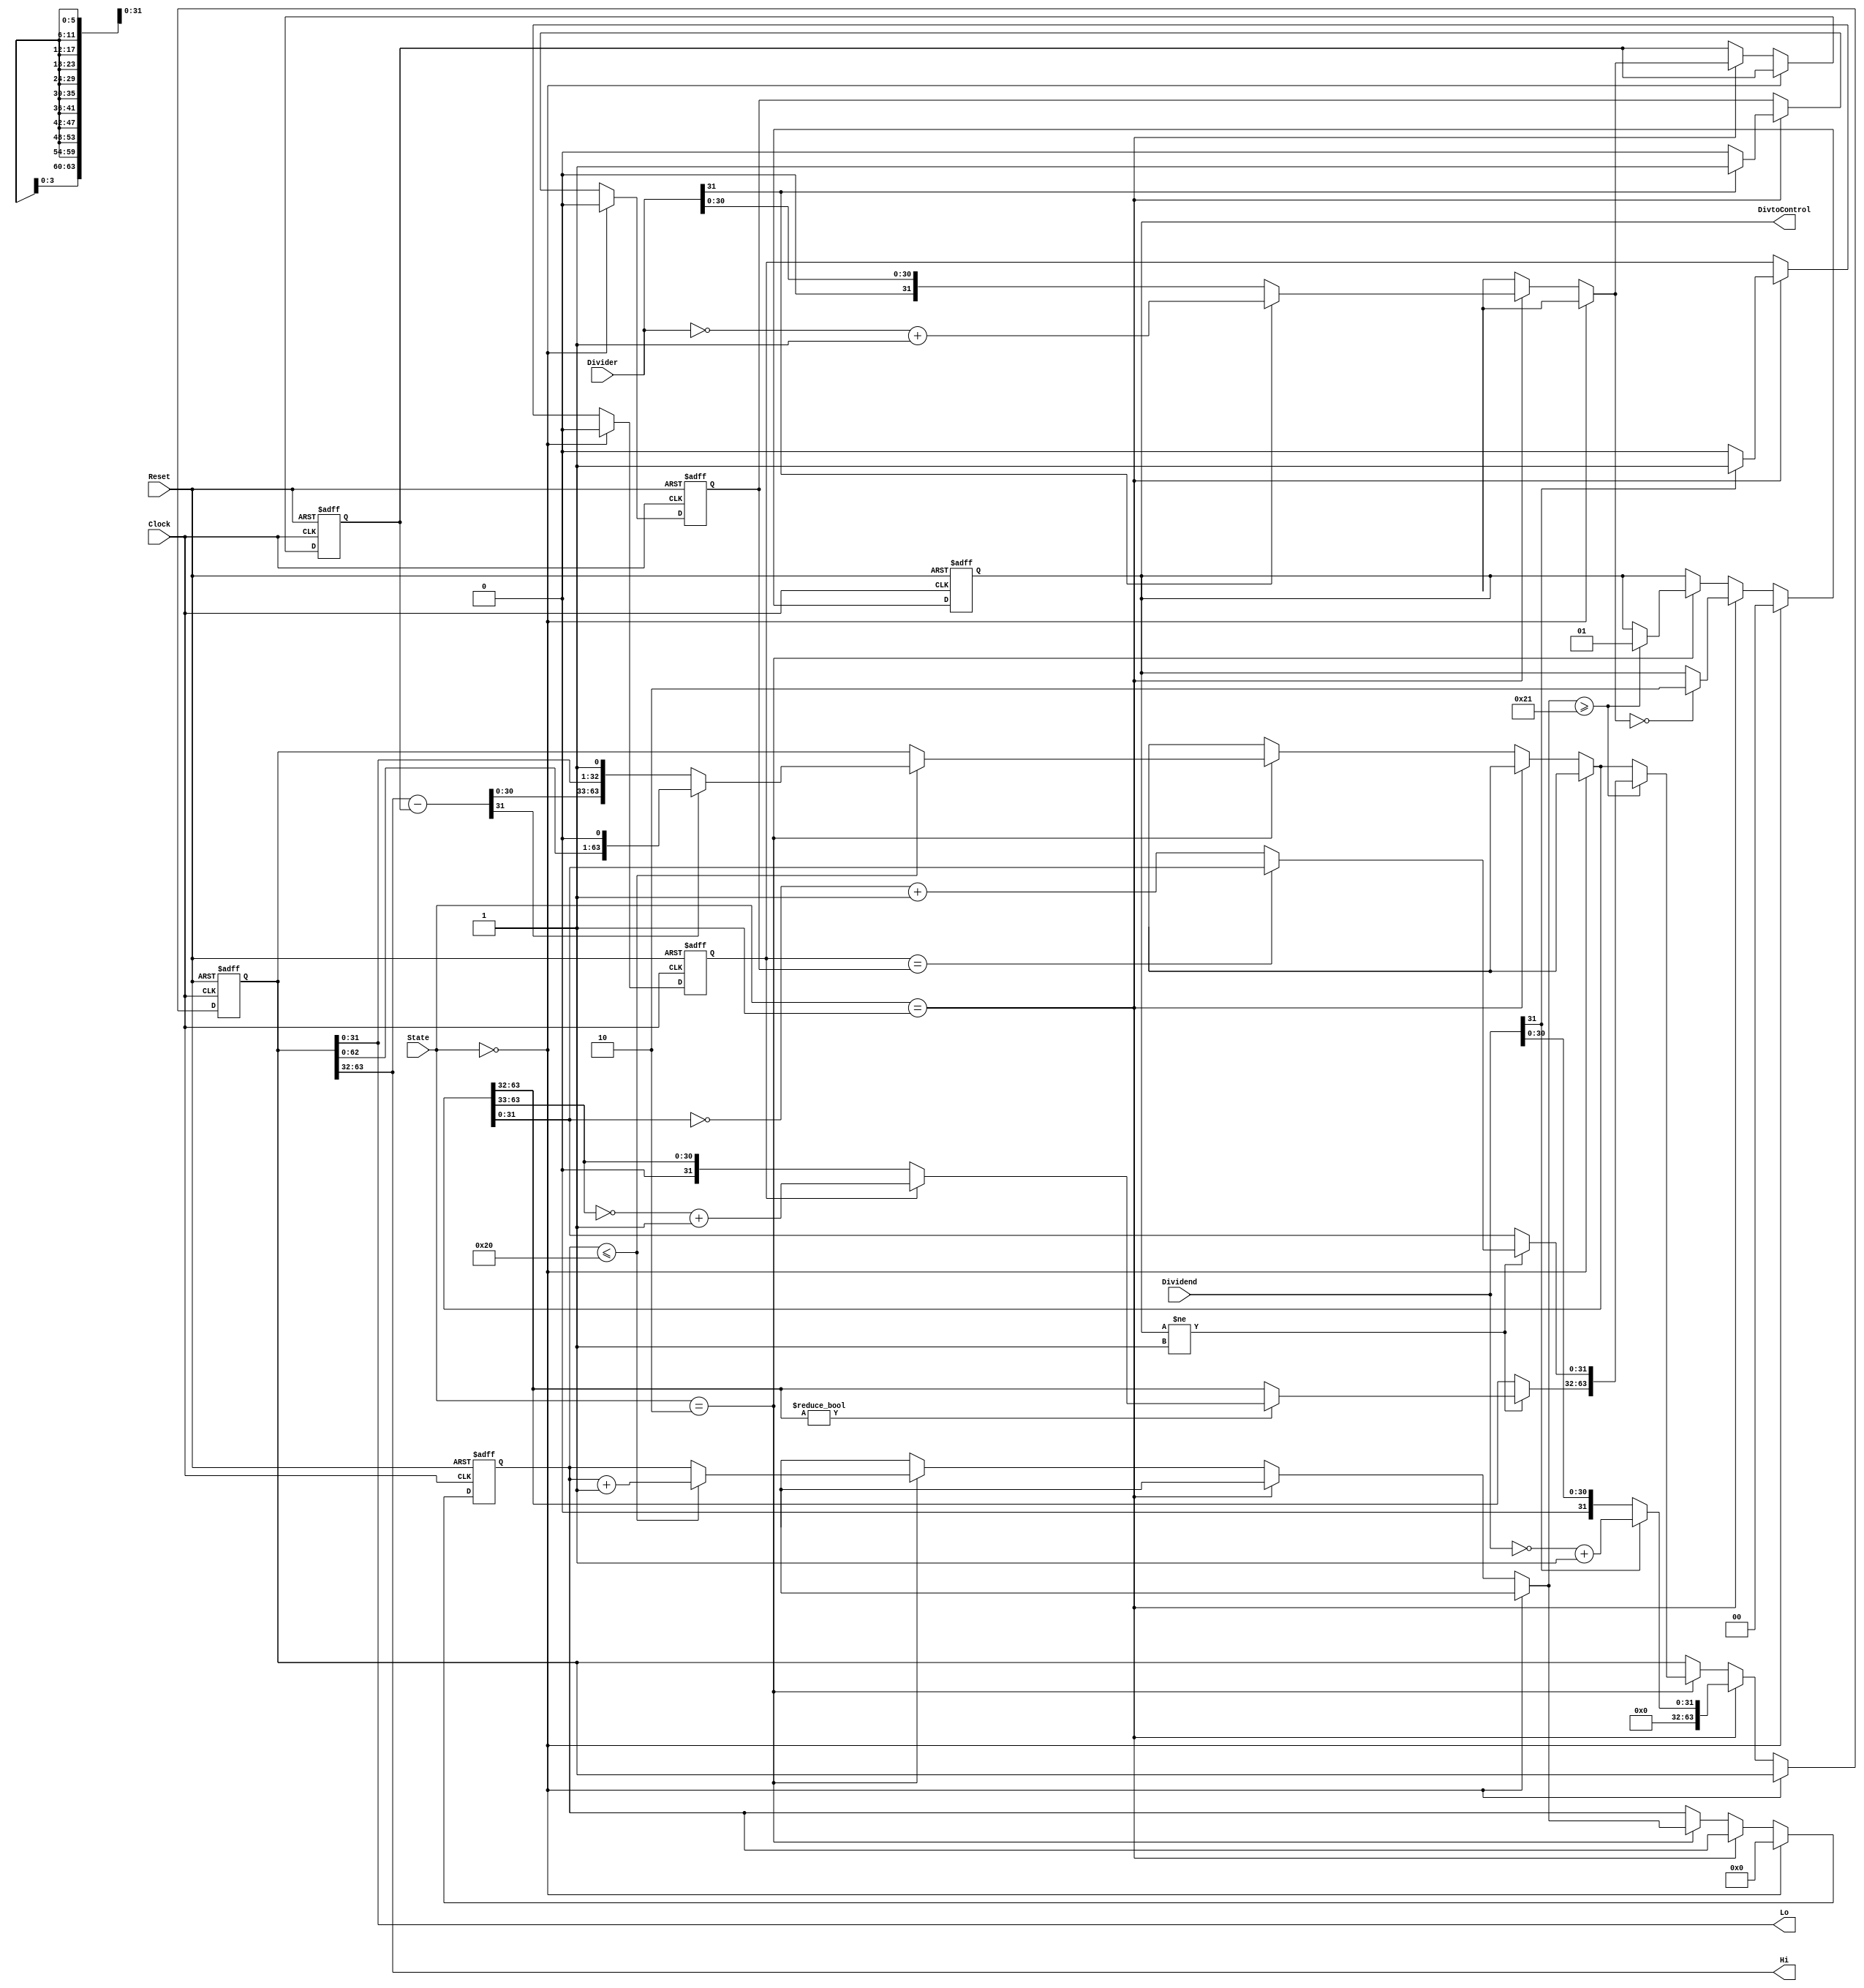
module Div(
    output reg [31:0] Hi,
    output reg [31:0] Lo,
    output reg [1:0]  DivtoControl,
    input wire        Clock,
    input wire        Reset,
    input wire [1:0]  State,
    input wire [31:0] Dividend,
    input wire [31:0] Divider
);

// DivtoControl:
    // 00 = Neutro.
    // 01 = Fim da divisão.
    // 10 = Divisão por 0.
    

// Registradores internos
reg [63:0] Resto;
reg [31:0] Divider_reg;
reg [5:0] Counter;
reg Dividend_Sinal;
reg Divider_Sinal;
reg [31:0] Temp;

initial begin
    Resto = 64'd0;
    Divider_reg = 32'd0;
    Counter = 6'd0;
    DivtoControl = 2'b00;
end

always @(posedge Clock or posedge Reset) begin
    if (Reset) begin
        Resto = 64'd0;
        Divider_reg = 32'd0;
        Counter = 6'd0;
        DivtoControl = 2'b00;
        Dividend_Sinal = 0;
        Divider_Sinal = 0;
    end
    
    // Estado 0: Estado neutro.
    else if (State == 2'b00) begin
        Counter = 6'd0;
        DivtoControl = 2'b00;
        Dividend_Sinal = 0;
        Divider_Sinal = 0;
    end

    // Estado 1: Guardando valores e preparando para dividir.
    else if (State == 2'b01) begin
        if (Dividend[31] == 1) begin
            Resto = {32'd0, ((~Dividend) + 1)};
            Dividend_Sinal = 1;
        end
        else begin
            Resto = {32'd0, Dividend};
            Dividend_Sinal = 0;
        end

        if (Divider[31] == 1) begin
            Divider_reg = (~Divider) + 1;
            Divider_Sinal = 1;
        end
        else begin
            Divider_reg = Divider;
            Divider_Sinal = 0;
        end

        if (Divider_reg == 0)
            DivtoControl = 2'b10;
    end

    // Estado 2: Faz divisão.
    else if (State == 2'b10) begin
        if (Counter <= 32) begin
            Temp = Resto[63:32] - Divider_reg;

            if (Temp[31] == 1) begin
                Resto[63:32] = Resto[63:32];
                Resto = {Resto[62:0], 1'b0};
            end
            else begin
                Resto[63:32] = Temp;
                Resto = {Resto[62:0], 1'b1};
            end

            Counter = Counter + 1;
        end

        if (Counter >= 33) begin
            if (DivtoControl != 2'b01) begin
                if (Dividend_Sinal == Divider_Sinal) begin
                    Resto[31:0] = Resto[31:0];
                end
                else begin
                    Resto[31:0] = (~Resto[31:0]) + 1;
                end

                if (Resto[63:32] != 0) begin
                    Resto[63:32] = {1'b0, Resto[63:33]};
                    if (Dividend_Sinal == 0)
                        Resto[63:32] = Resto[63:32];
                    else 
                        Resto[63:32] = (~Resto[63:32]) + 1;
                end
            end

            DivtoControl = 2'b01;
        end
    end
end


always @(*) begin
        Hi = Resto[63:32];
        Lo = Resto[31:0];
    end

endmodule